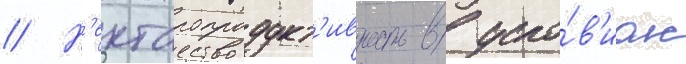
// Н'ектаропродукт'ивность в усло́в'иах